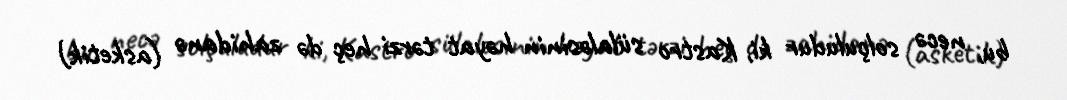
bu, necə solçuludur ki, Kastro sülaləsinin həyat tərzi heç də zahidanə (asketik)